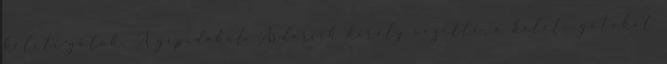
keleti-gótok. A gepidákat Ardarich király vezette, a keleti gótokat